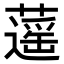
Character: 𦾾